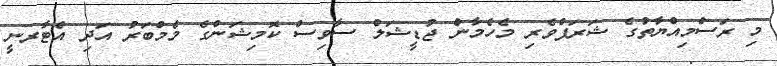
މި ރަސްމިއްޔާތުގެ ޝަރަފްވެރި މެހެމާން ޖުޑީޝަލް ސާވިސް ކޮމިޝަންގެ މެމްބަރު އަދި އެޓާރނީ